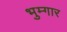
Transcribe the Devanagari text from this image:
भुम्गार